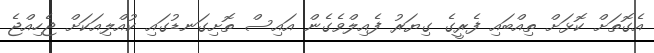
އެގޮތަށް ކޮޅަށް ތިއްބައި ފެރީގެ ގިޔަރު ފެއިލްވެގެން އައިސް ތޮށިގަނޑުގައި ކުއްލިއަކަށް ޖެހިއްޖެ